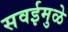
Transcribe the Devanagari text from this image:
सवईमुळे